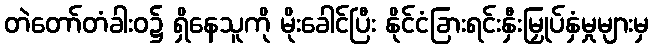
တဲတော်တံခါးဝ၌ ရှိနေသူကို မိုးခေါင်ပြီး နိုင်ငံခြားရင်းနှီးမြှုပ်နှံမှုများမှ